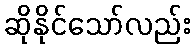
ဆိုနိုင်သော်လည်း